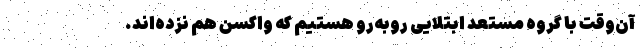
آن‌وقت با گروه مستعدِ ابتلایی روبه‌رو هستیم که واکسن هم نزده‌اند.